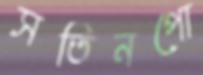
সতিনপো